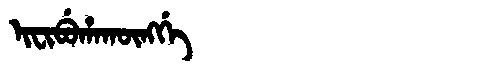
Manchu: ᡳᠸᡳᠪᡠᡥᠠᡴᡡᠩᡤᡝ
Romanization: IFIBUHAKŪNGGE